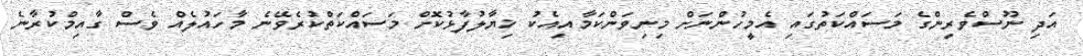
އަދި ނޫސްވެރިންގެ މަސައްކަތުގައި އެމީހުންނަށް މިނިވަންކަމާއިއެކު ޚިޔާލުފާޅުކޮށް މަސައްކަތްކުރެވޭނެ މާހައުލެއް ވެސް ގާއިމްކުރާނެ